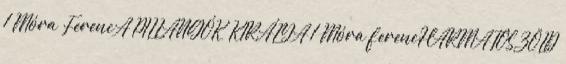
1 Móra FerencA PILLANGÓK KIRÁLYA 1 Móra ferencHARMATOS ZÖLD